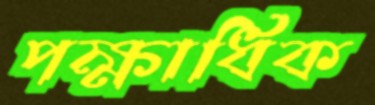
পক্ষাধিক